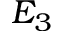
E _ { 3 }